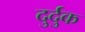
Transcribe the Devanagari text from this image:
दुर्दुक